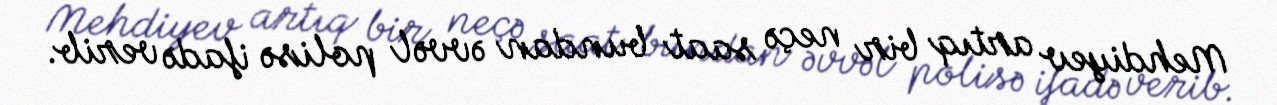
Mehdiyev artıq bir neçə saat bundan əvvəl polisə ifadə verib.